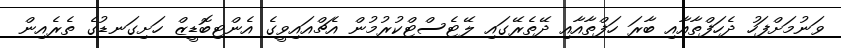
ވަނުމަށްފަހު ދެހަފްތާއާއި ބާރަ ހަފްތާއާއި ދޭތެރޭގައި ލޭޓެސްޓްކުރުމުން އެޗްއައިވީގެ އެންޓިބޮޑީޒް ހަށިގަނޑުގެ ތެރެއިން